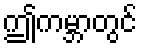
ဤကမ္ဘာတွင်